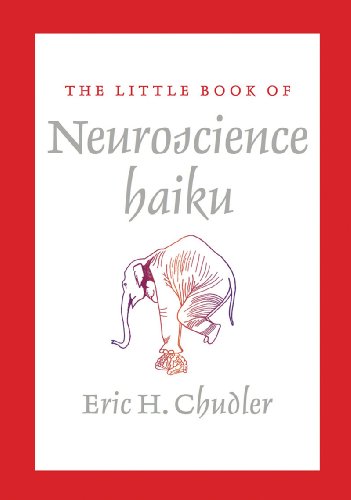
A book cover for The Little Book of Neuroscience Haiku; Eric Chudler; Literature & Fiction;